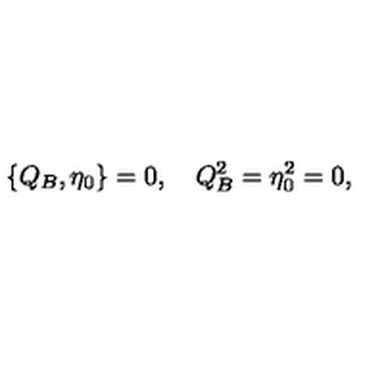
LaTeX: \{ Q _ { B } , \eta _ { 0 } \} = 0 , \quad Q _ { B } ^ { 2 } = \eta _ { 0 } ^ { 2 } = 0 ,